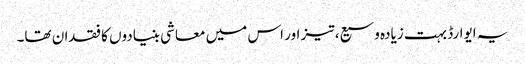
یہ ایوارڈ بہت زیادہ وسیع، تیز اور اس میں معاشی بنیادوں کا فقدان تھا۔